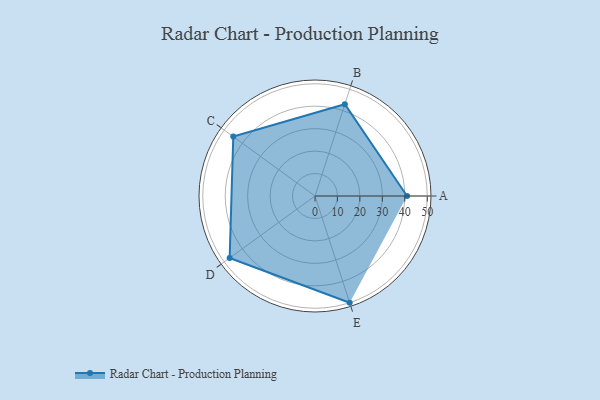
{"axis": {"x": "Skill", "y": "Score"}, "legend": ["Profile"], "data": [{"x": "A", "y": 41.0, "type": "Profile"}, {"x": "B", "y": 43.0, "type": "Profile"}, {"x": "C", "y": 45.0, "type": "Profile"}, {"x": "D", "y": 47.0, "type": "Profile"}, {"x": "E", "y": 50.0, "type": "Profile"}]}